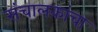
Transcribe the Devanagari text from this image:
संचालकांचा